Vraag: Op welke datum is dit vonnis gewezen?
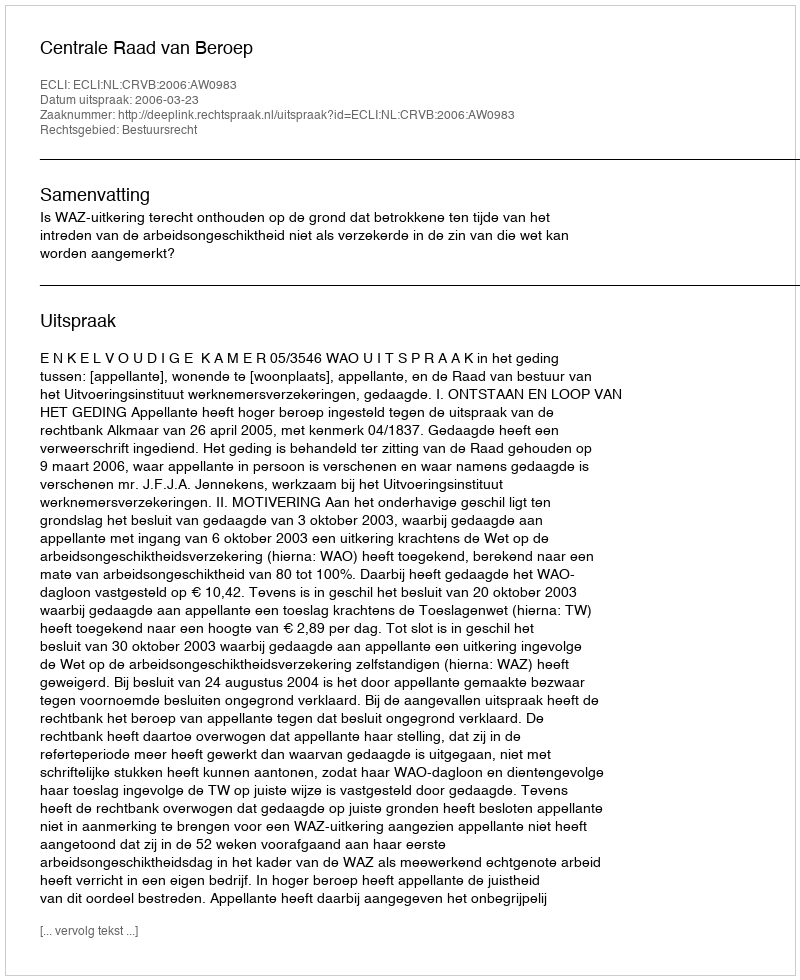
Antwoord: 2006-03-23